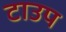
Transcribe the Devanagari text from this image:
टाउप